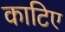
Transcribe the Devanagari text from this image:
काटिए